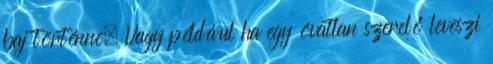
baj történne. Vagy például ha egy óvatlan szerelő leveszi